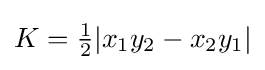
K={\tfrac {1}{2}}|x_{1}y_{2}-x_{2}y_{1}|